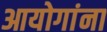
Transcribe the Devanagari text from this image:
आयोगांना